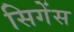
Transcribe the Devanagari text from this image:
सिगेंस